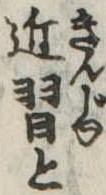
近習と